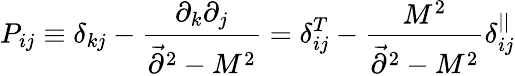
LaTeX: P_{ij}\equiv\delta_{kj}-{\frac{\partial_{k}\partial_{j}}{\vec{\partial}^{2}-M^{2}}}=\delta_{ij}^{T}-{\frac{M^{2}}{\vec{\partial}^{2}-M^{2}}}\delta_{ij}^{||}